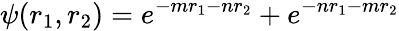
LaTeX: \psi(r_{1},r_{2})=e^{-mr_{1}-nr_{2}}+e^{-nr_{1}-mr_{2}}